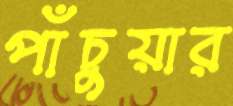
পাঁচুয়ার